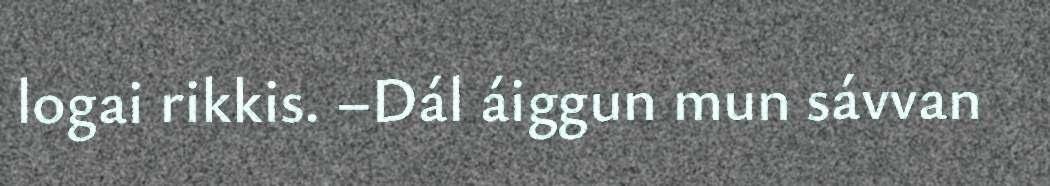
logai rikkis. –Dál áiggun mun sávvan